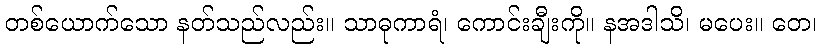
တစ်ယောက်သော နတ်သည်လည်း။ သာဓုကာရံ၊ ကောင်းချီးကို။ နအဒါသိ၊ မပေး။ တေ၊